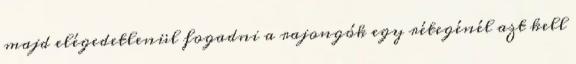
majd elégedetlenül fogadni a rajongók egy rétegénél azt kell